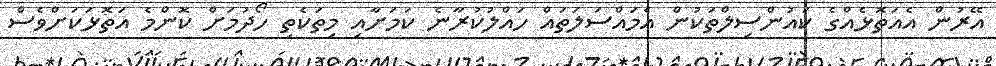
އޭރުން އެއަތޮޅެއްގެ ކައުންސިލްތަކުން އެމައްސަލަތައް ހައްލުކުރާނެ ކަމަށާއި މިތަކެތި ހޯދުމަށް ކޮންމެ އަތޮޅަކަށްވެސް